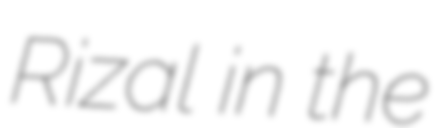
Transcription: Rizal in the